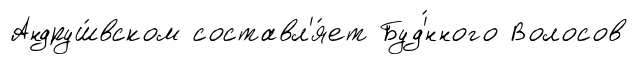
Андруш́вском составл'я́ет Буд'́нного Волосов